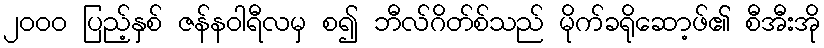
၂၀၀၀ ပြည့်နှစ် ဇန်နဝါရီလမှ စ၍ ဘီလ်ဂိတ်စ်သည် မိုက်ခရိုဆော့ဖ်၏ စီအီးအို